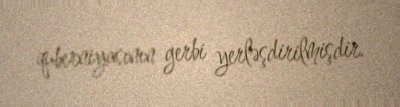
quberniyasının gerbi yerləşdirilmişdir.